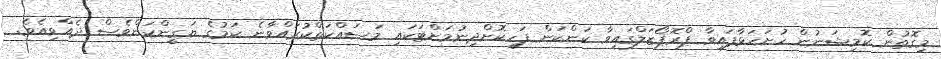
މިގޮތުން ކޮމިޝަނުން ހުށަހަޅާފައިވާ ޕްރޮޕޯޒަލްގައިވާ ކަންކަން ފަހިކޮށްދިނުމަށްޓަކައި މަސައްކަތްކުރައްވާނެ ކަމުގެ ޔަގީންކަންވެސް ދެއްވިއެވެ.